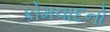
કોમવાદનો